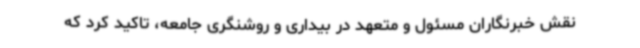
نقش خبرنگاران مسئول و متعهد در بیداری و روشنگری جامعه، تاکید کرد که